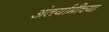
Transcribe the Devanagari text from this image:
अंतर्यामीच्या